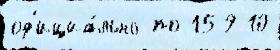
оф'ициа́льно по 159 10